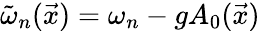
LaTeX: \tilde{\omega}_{n}(\vec{x})=\omega_{n}-gA_{0}(\vec{x})